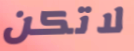
لاتكن